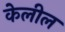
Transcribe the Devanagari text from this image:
केलील